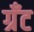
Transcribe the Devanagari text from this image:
ग्रॅंट